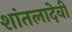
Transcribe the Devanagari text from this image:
शांतलादेवी